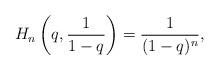
LaTeX: \begin{align*}H_n \left(q, \frac{1}{1-q}\right) = \frac{ 1}{(1-q)^n}, \end{align*}